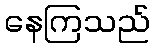
နေကြသည်